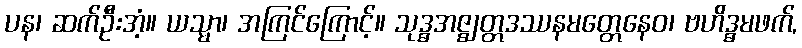
ပန၊ ဆက်ဦးအံ့။ ယသ္မာ၊ အကြင်ကြောင့်။ သုဒ္ဓအဇ္ဈတ္တဒဿနမတ္တေနေဝ၊ ဗဟိဒ္ဓမဖက်,